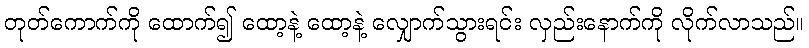
တုတ်ကောက်ကို ထောက်၍ ထော့နဲ့ ထော့နဲ့ လျှောက်သွားရင်း လှည်းနောက်ကို လိုက်လာသည်။